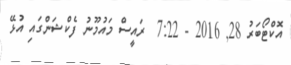
އޮކްޓޯބަރު 28